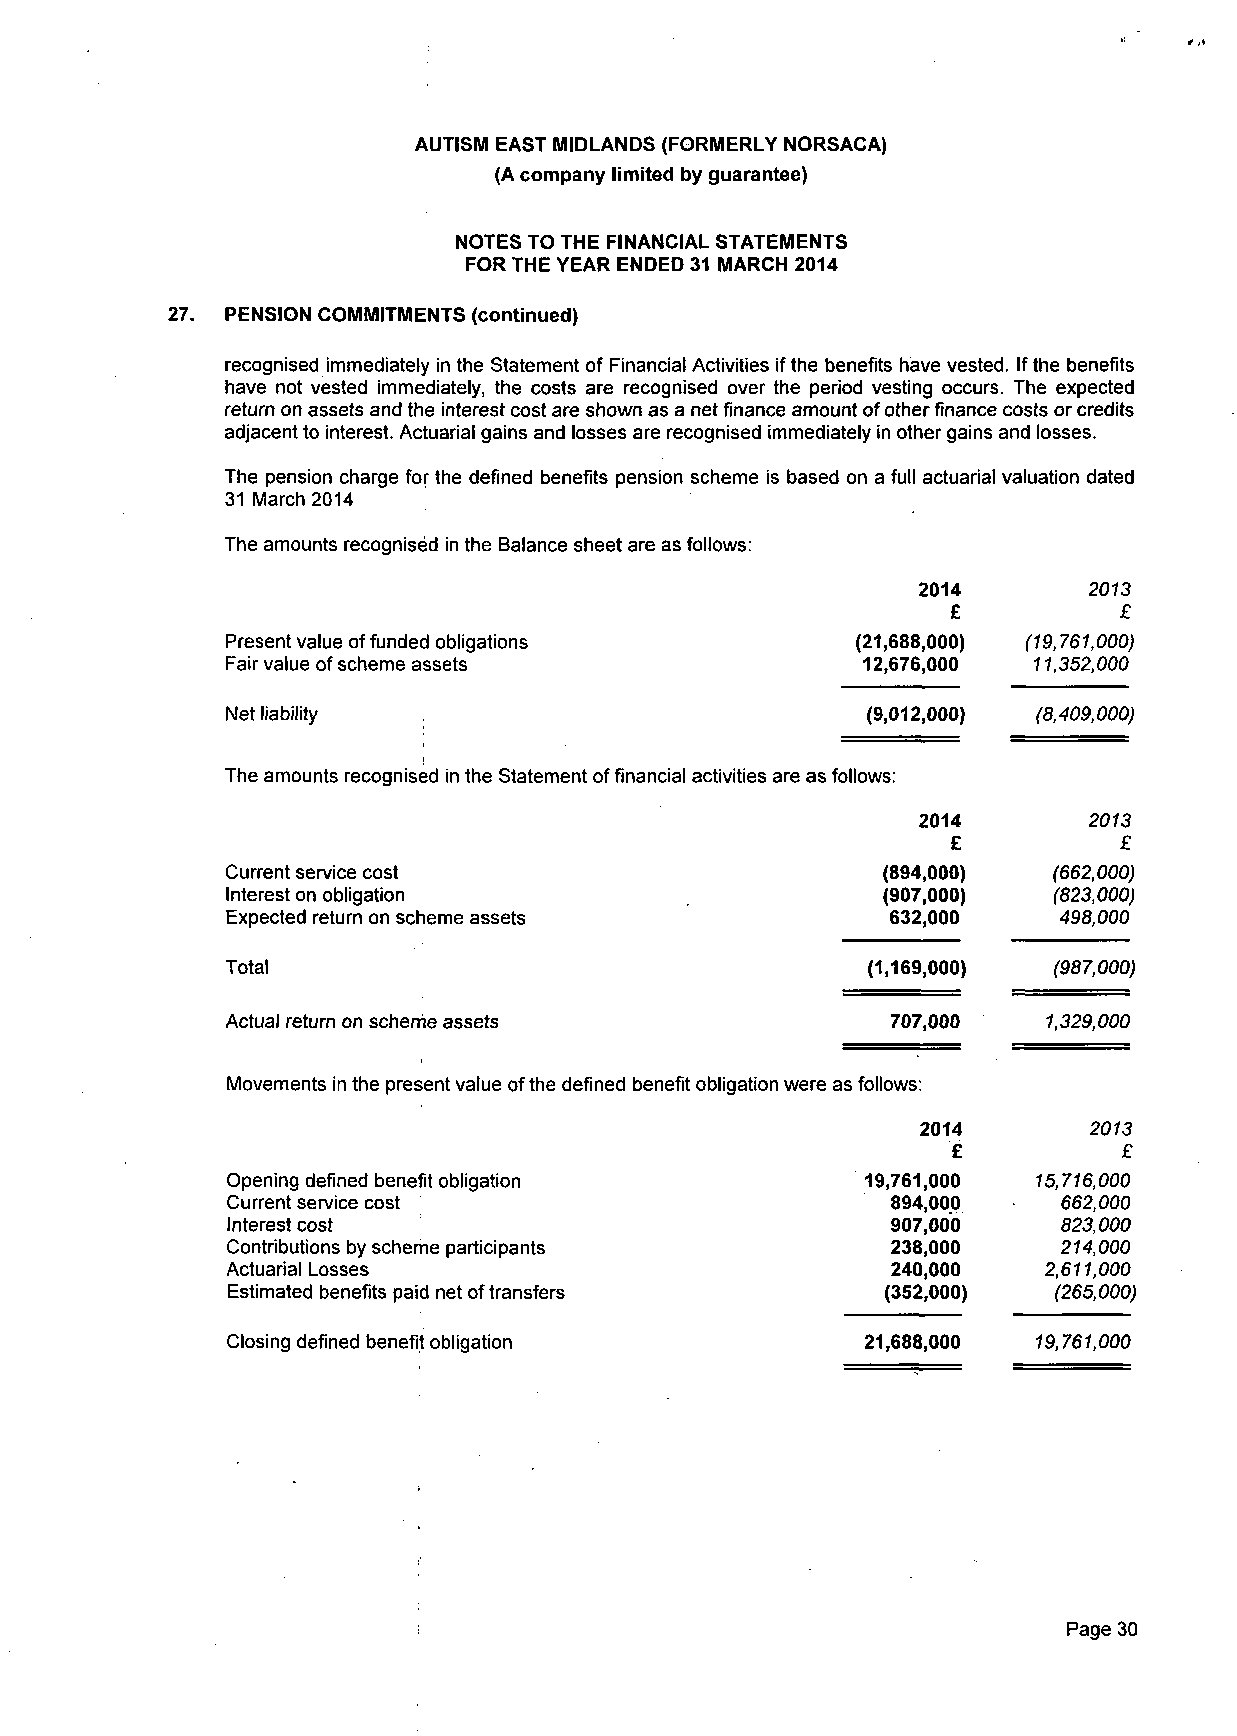
AUTISM EAST MIDLANDS (FORMERLY NORSACA)
 (A company limited by guarantee)
 NOTES TO THE FINANCIAL STATEMENTS
 FOR THE YEAR ENDED 31 MARCH 2014
 PENSION COMMITMENTS (continued)
 recognised immediately in the Statement of Financial Activities if the benefits have vested. If the benefits
 have not vested immediately, the costs are recognised over the period vesting occurs. The expected
 return on assets and the interest cost are shown as a net finance amount of other finance costs or credits
 adjacent to interest. Actuarial gains and losses are recognised immediately in other gains and losses.
 The pension charge for the defined benefits pension scheme is based on a full actuarial valuation dated
 31 March 2014
 The amounts recognised in the Balance sheet are as follows:
 2014       2013
 £          £
 Present value of funded obligations       (21,688,000) (19,761,000)
 Fair value of scheme assets               12,676,000 11,352,000
 Net liability                             (9,012,000) (8,409,000)
 The amounts recognised in the Statement of financial activities are as follows:
 2014       2013
 £          £
 Current service cost                       (894,000)   (662,000)
 Interest on obligation                     (907,000)   (823,000)
 Expected return on scheme assets            632,000    498,000
 Total                                     (1,169,000)  (987,000)
 Actual return on scheme assets              707,000   1,329,000
 Movements in the present value of the defined benefit obligation were as follows:
 2014       2013
 £          £
 Opening defined benefit obligation        19,761,000  15,716,000
 Current service cost                        894,000    662,000
 Interest cost                               907,000    823,000
 Contributions by scheme participants        238,000    214,000
 Actuarial Losses                            240,000   2,611,000
 Estimated benefits paid net of transfers    (352,000)  (265,000)
 Closing defined benefit obligation        21,688,000  19,761,000
 Page 30